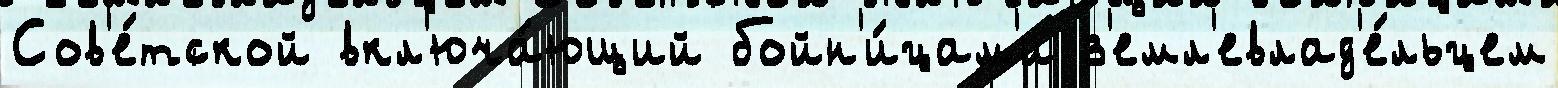
Сов'е́тской вкл'юча́ющий бойн'и́цам'и з'емл'евлад'е́льцем